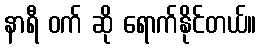
နာရီ ဝက် ဆို ရောက်နိုင်တယ်။